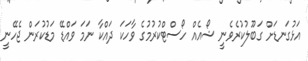
އަޅުގަނޑަށް ގަބޫލުކުރެވެނީ ޝޯއެއް ހޯސްޓްކުރުމުގެ ވާހަކަ ދައްކާ ނަމަ ވައްޑޭ މަޑުކުރަން ޖެހޭނީ